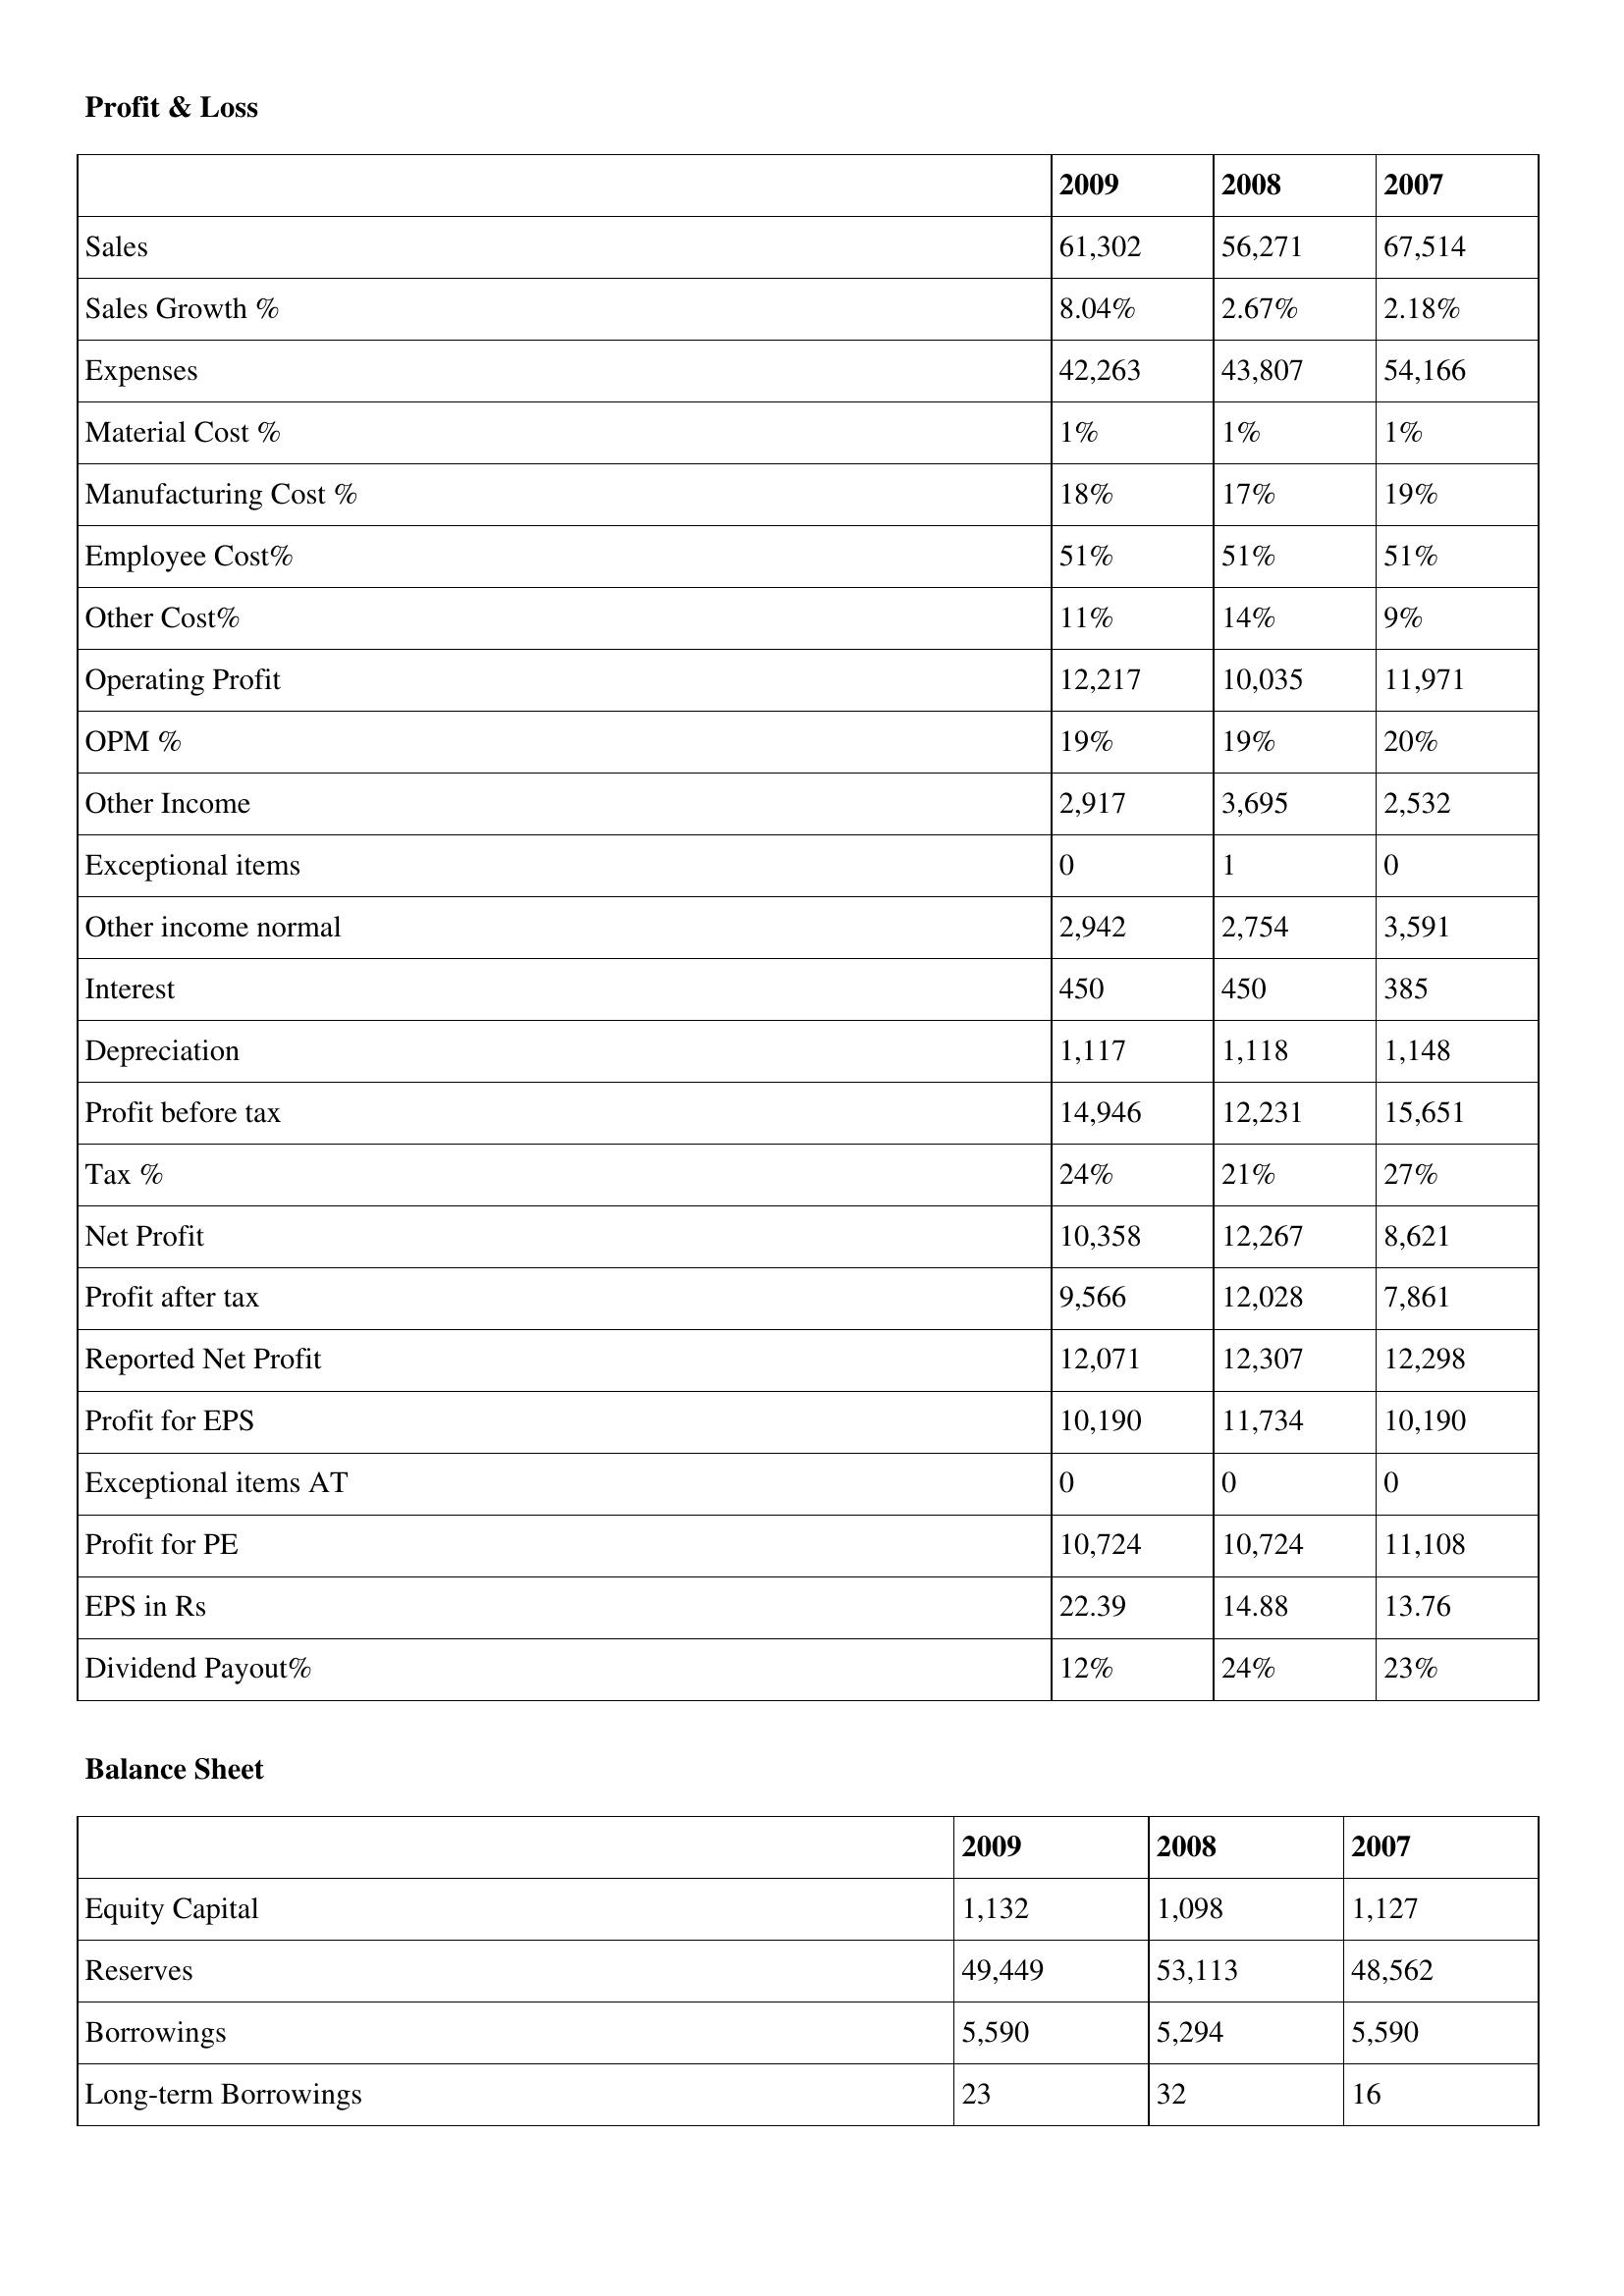
gt_parse: 2009: Profit & Loss: Sales: 61,302
Sales Growth %: 8.04%
Expenses: 42,263
Material Cost %: 1%
Manufacturing Cost %: 18%
Employee Cost%: 51%
Other Cost%: 11%
Operating Profit: 12,217
OPM %: 19%
Other Income: 2,917
Exceptional items: 0
Other income normal: 2,942
Interest: 450
Depreciation: 1,117
Profit before tax: 14,946
Tax %: 24%
Net Profit: 10,358
Profit after tax: 9,566
Reported Net Profit: 12,071
Profit for EPS: 10,190
Exceptional items AT: 0
Profit for PE: 10,724
EPS in Rs: 22.39
Dividend Payout%: 12%
Balance Sheet: Equity Capital: 1,132
Reserves: 49,449
Borrowings: 5,590
Long-term Borrowings: 23
2008: Profit & Loss: Sales: 56,271
Sales Growth %: 2.67%
Expenses: 43,807
Material Cost %: 1%
Manufacturing Cost %: 17%
Employee Cost%: 51%
Other Cost%: 14%
Operating Profit: 10,035
OPM %: 19%
Other Income: 3,695
Exceptional items: 1
Other income normal: 2,754
Interest: 450
Depreciation: 1,118
Profit before tax: 12,231
Tax %: 21%
Net Profit: 12,267
Profit after tax: 12,028
Reported Net Profit: 12,307
Profit for EPS: 11,734
Exceptional items AT: 0
Profit for PE: 10,724
EPS in Rs: 14.88
Dividend Payout%: 24%
Balance Sheet: Equity Capital: 1,098
Reserves: 53,113
Borrowings: 5,294
Long-term Borrowings: 32
2007: Profit & Loss: Sales: 67,514
Sales Growth %: 2.18%
Expenses: 54,166
Material Cost %: 1%
Manufacturing Cost %: 19%
Employee Cost%: 51%
Other Cost%: 9%
Operating Profit: 11,971
OPM %: 20%
Other Income: 2,532
Exceptional items: 0
Other income normal: 3,591
Interest: 385
Depreciation: 1,148
Profit before tax: 15,651
Tax %: 27%
Net Profit: 8,621
Profit after tax: 7,861
Reported Net Profit: 12,298
Profit for EPS: 10,190
Exceptional items AT: 0
Profit for PE: 11,108
EPS in Rs: 13.76
Dividend Payout%: 23%
Balance Sheet: Equity Capital: 1,127
Reserves: 48,562
Borrowings: 5,590
Long-term Borrowings: 16